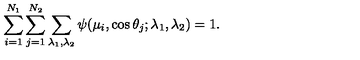
\sum _ { i = 1 } ^ { N _ { 1 } } \sum _ { j = 1 } ^ { N _ { 2 } } \sum _ { \lambda _ { 1 } , \lambda _ { 2 } } \psi ( \mu _ { i } , \cos \theta _ { j } ; \lambda _ { 1 } , \lambda _ { 2 } ) = 1 .